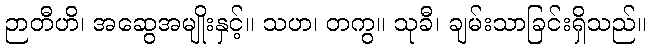
ဉာတီဟိ၊ အဆွေအမျိုးနှင့်။ သဟ၊ တကွ။ သုခီ၊ ချမ်းသာခြင်းရှိသည်။